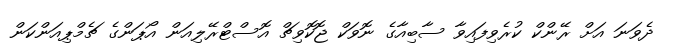
ދެވަނަ އަށް ރޭންކް ކުރެވިފައިވާ ސާބިއާގެ ނޮވަކް ޖޮކޮވިޗް އޮސްޓްރޭލިއަން އޯޕަންގެ ޗެމްޕިއަންކަން